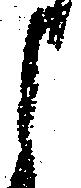
よ